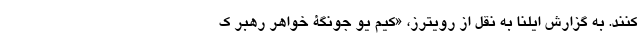
کنند. به گزارش ایلنا به نقل از رویترز، «کیم یو جونگة خواهر رهبر ک